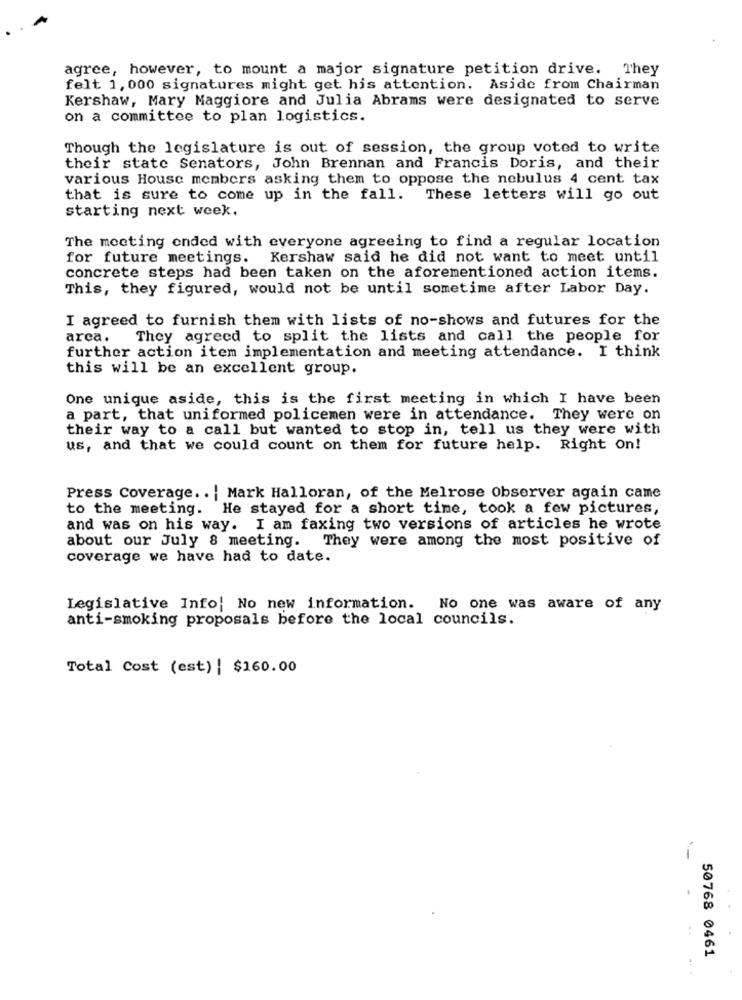
agree, however, to mount a major signature petition drive. They
felt 1, 000 signatures might get his attention. Aside from Chairman
Kershaw, Mary Maggiore and Julia Abrams were designated to serve
on a committee to plan logistics.
Though the legislature is out of session, the group voted to write
their state Senators, John Brennan and Francis Doris, and their
various House members asking them to oppose the nebulus 4 cent tax
that is sure to come up in the fall. These letters will go out
starting next week.
The meeting ended with everyone agreeing to find a regular location
for future meetings. Kershaw said he did not want to meet until
concrete steps had been taken on the aforementioned action items.
This, they figured, would not be until sometime after Labor Day.
I agreed to furnish them with lists of no-shows and futures for the
area.
They agreed to split the lists and call the people for
further action item implementation and meeting attendance. I think
this will be an excellent group.
One unique aside, this is the first meeting in which I have been
a part, that uniformed policemen were in attendance. They were on
their way to a call but wanted to stop in, tell us they were with
us, and that we could count on them for future help. Right on!
Press Coverage .. | Mark Halloran, of the Melrose Observer again came
to the meeting. He stayed for a short time, took a few pictures,
and was on his way. I am faxing two versions of articles he wrote
about our July 8 meeting. They were among the most positive of
coverage we have had to date.
Legislative Info| No new information. No one was aware of any
anti-smoking proposals before the local councils.
Total Cost (est) | $160.00
50768 0461